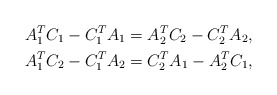
\begin{align*} A_{1}^{T} C_{1} - C_{1}^{T} A_{1} = A_{2}^{T} C_{2} - C_{2}^{T} A_{2}, \\ A_{1}^{T} C_{2} - C_{1}^{T} A_{2} = C_{2}^{T} A_{1} - A_{2}^{T} C_{1}, \end{align*}